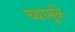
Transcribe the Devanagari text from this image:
च्यामुळे